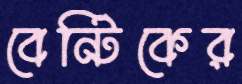
বেন্টিকের